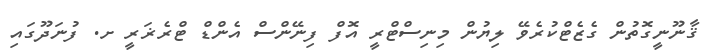
ޤާނޫނީގޮތުން ގެޒެޓްކުރެވޭ ލިޔުން މިނިސްޓްރީ އޮފް ފިނޭންސް އެންޑް ޓްރެޜަރީ ށ. ފުނަދޫގައި